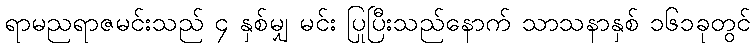
ရာမညရာဇမင်းသည် ၄ နှစ်မျှ မင်း ပြုပြီးသည်နောက် သာသနာနှစ် ၁၆၁ခုတွင်